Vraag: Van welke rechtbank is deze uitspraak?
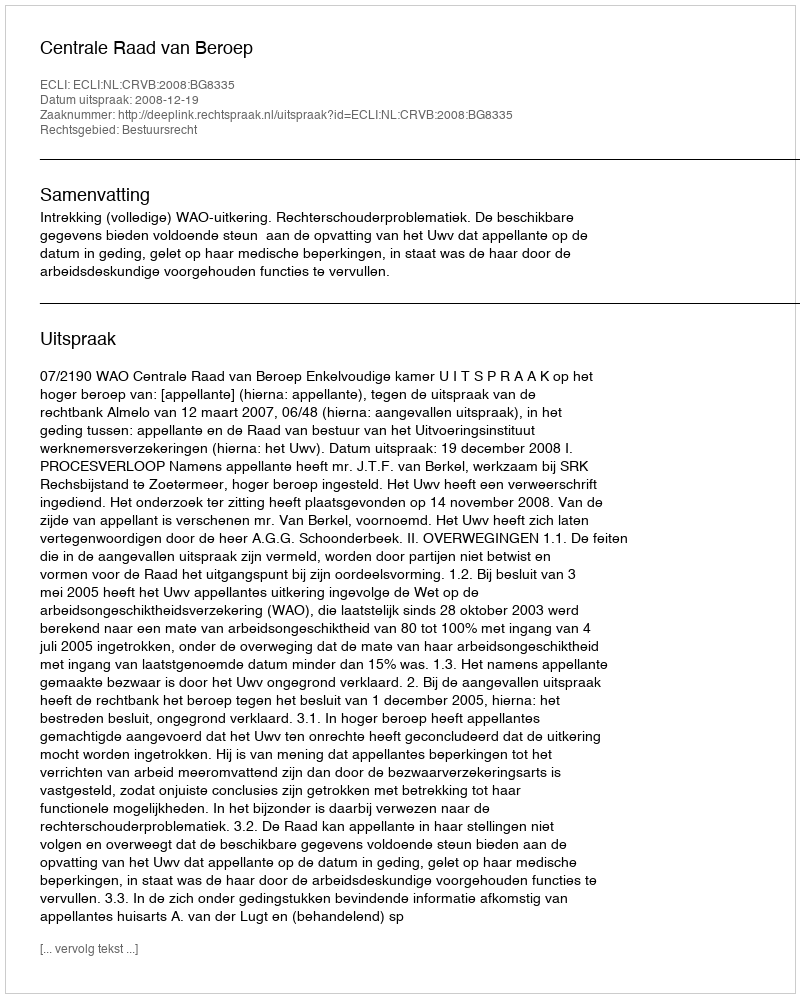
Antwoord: Centrale Raad van Beroep